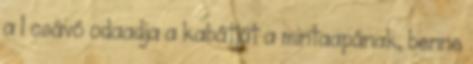
a 1 csávó odaadja a kabátját a mintaapának, benne